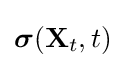
{\boldsymbol {\sigma }}(\mathbf {X} _{t},t)